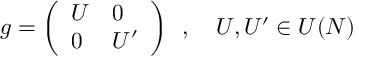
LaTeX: g = \left( \begin{array} { l l } { { U } } & { { 0 } } \\ { { 0 } } & { { U ^ { \prime } } } \end{array} \right) \, \, \, , \, \, \, \, \, \, U , U ^ { \prime } \in U ( N )